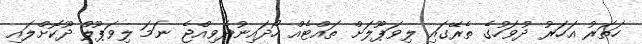
ހަތަރު އަހަރު ދުވަހުގެ ތެރޭގައި ލިވަޕޫލަށް ތައްޓެއް ހޯދައިނުދެވިއްޖެ ނަމަ ލިވަޕޫލް ދޫކޮށްލައި